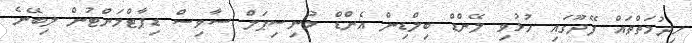
ހިދުމަތްތައް ފޭދޫގައި ހުޅުވި ލޭންޑް ބިލްޑިން އެންޑް މުނިސިޕަލް ސާވިސް ޑިޕާޓްމަންޓުން ލިބޭނެ